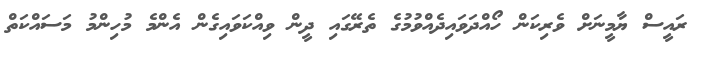
ރައީސް ޔާމީނަށް ވެރިކަން ހޯއްދަވައިދެއްވުމުގެ ތެރޭގައި ދީން ވިއްކަވައިގެން އެންމެ މުހިންމު މަސައްކަތް